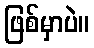
ဖြစ်မှာပဲ။